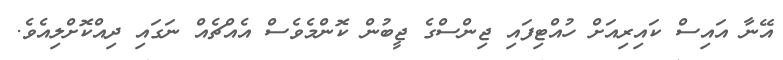
އޭނާ އައިސް ކައިރިއަށް ހުއްޓިފައި ޖިންސްގެ ޖީބުން ކޮންމެވެސް އެއްޗެއް ނަގައި ދިއްކޮށްލިއެވެ.